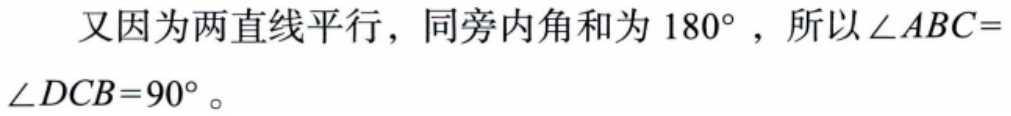
又因为两直线平行，同旁内角和为 \(180^{\circ}\) ，所以 \(\angle ABC = \angle DCB=90^{\circ}\) 。